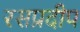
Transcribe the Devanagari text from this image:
रसप्रदीप